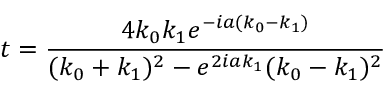
t = { \frac { 4 k _ { 0 } k _ { 1 } e ^ { - i a ( k _ { 0 } - k _ { 1 } ) } } { ( k _ { 0 } + k _ { 1 } ) ^ { 2 } - e ^ { 2 i a k _ { 1 } } ( k _ { 0 } - k _ { 1 } ) ^ { 2 } } }